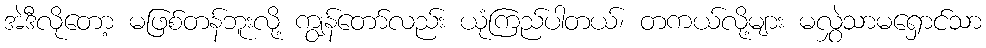
အဲဒီလိုတော့ မဖြစ်တန်ဘူးလို့ ကျွန်တော်လည်း ယုံကြည်ပါတယ်၊ တကယ်လို့များ မလွှဲသာမရှောင်သာ